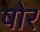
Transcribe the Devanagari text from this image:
षोर